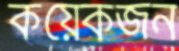
কয়েকজন